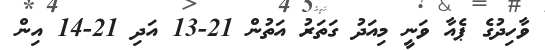
ވާހިދުގެ ޕެއާ ވަނީ މިއަދު ގަތަރު އަތުން 21-13 އަދި 21-14 އިން